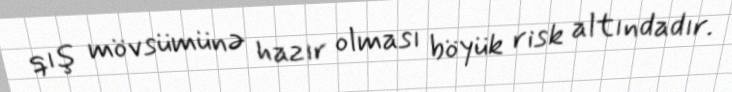
qış mövsümünə hazır olması böyük risk altındadır.